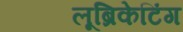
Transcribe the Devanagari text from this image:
लूब्रिकेटिंग